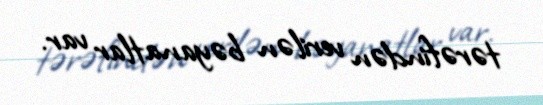
tərəfindən verilən bəyanatlar var.